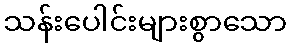
သန်းပေါင်းများစွာသော